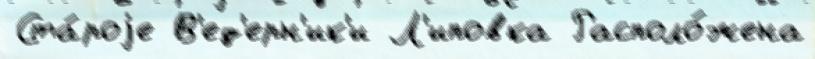
Ста́роjе В'ед'ерн'ик'и Л'иповка Располо́жена